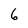
Character: 6